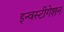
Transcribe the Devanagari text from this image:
इन्वस्टीगेशन